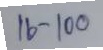
16 - 100